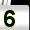
Digit: 5